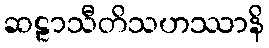
ဆဠာသီတိသဟဿာနိ